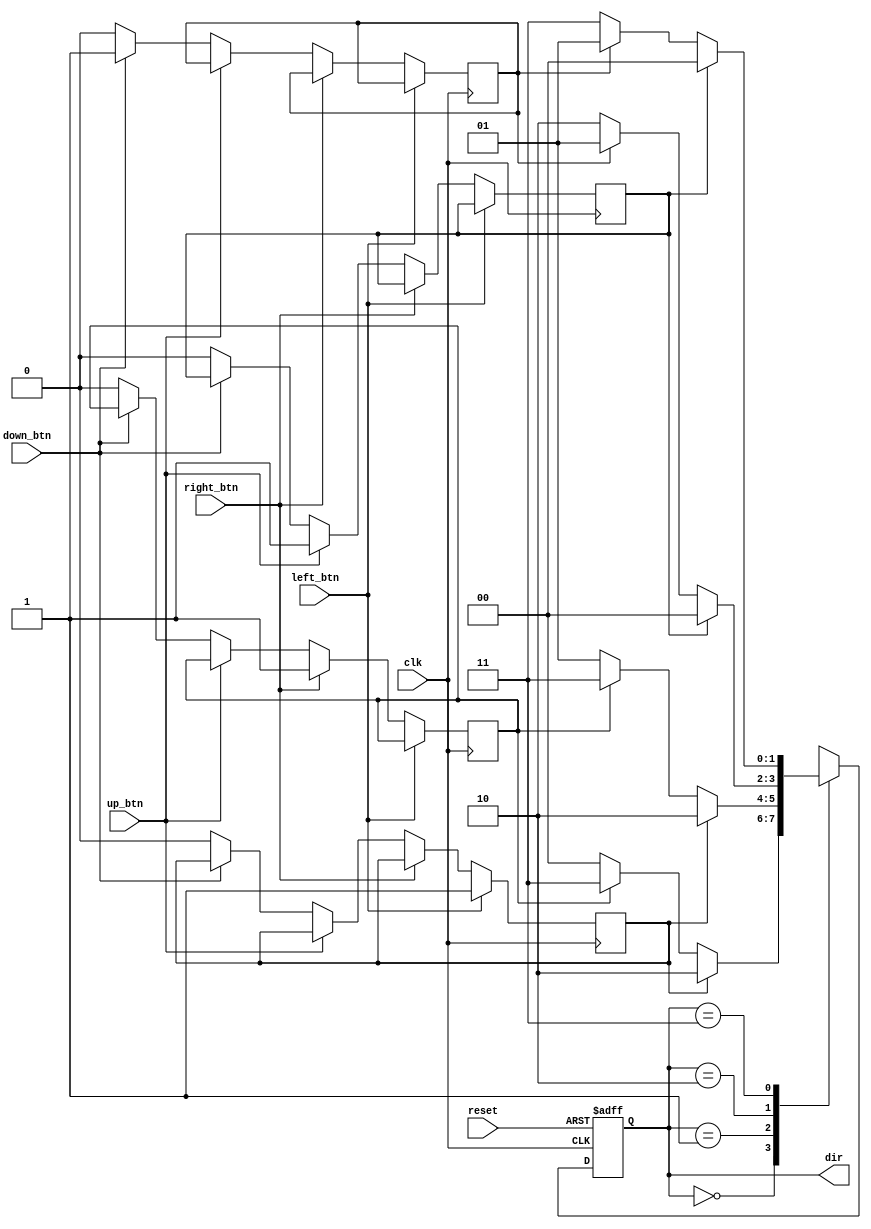
`timescale 1ns / 1ps

module direction(
	input clk,
	input reset,
	input right_btn,
	input left_btn,
	input up_btn,
	input down_btn,
	output reg [1:0] dir

);

localparam DIR_UP = 2'b00;
localparam DIR_DOWN = 2'b01;
localparam DIR_LEFT = 2'b10;
localparam DIR_RIGHT = 2'b11;

initial begin
dir = DIR_RIGHT;
end
reg [1:0] n_dir = DIR_RIGHT;

reg ready_left = 0;
reg ready_right = 0;
reg ready_up  = 0;
reg ready_down  = 0;


always @( posedge clk or posedge reset)     
	if( reset) 
		dir <= DIR_RIGHT;
	else 
		dir <= n_dir;


always @( * ) begin
		
		case( dir )
		DIR_UP: 
			begin
				if( ready_left )
					n_dir <= DIR_LEFT;
				else if( ready_right )
					n_dir <= DIR_RIGHT;
				else 
					n_dir <= DIR_UP;
			end

		DIR_DOWN : 
			begin
				if( ready_left )
					n_dir <= DIR_LEFT;
				else if( ready_right )
					n_dir <= DIR_RIGHT;
				else 
					n_dir <= DIR_DOWN;
			end

		DIR_LEFT : 
			begin
				if( ready_up )
					n_dir <= DIR_UP;
				else if( ready_down )
					n_dir <= DIR_DOWN;
				else 
					n_dir <= DIR_LEFT;	
			end

		DIR_RIGHT :
			begin
				if( ready_up )
					n_dir <= DIR_UP;
				else if( ready_down )
					n_dir <= DIR_DOWN;
				else 
					n_dir <= DIR_RIGHT;
			end

		endcase
	end



always @( posedge clk ) begin

		if( left_btn == 1 ) 
		begin
			ready_left <= 1;
		end
			
		else if( right_btn == 1 ) 
		begin				
			ready_right <= 1;	
		end

		else if( up_btn == 1 ) 
		begin
			ready_up <= 1;
		end

		else if( down_btn == 1 ) 
		begin
			ready_down <= 1;
		end

		else begin
			ready_left <= 0;
			ready_right <= 0;
			ready_up <= 0;
			ready_down <= 0;
		end
	end


endmodule